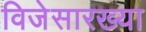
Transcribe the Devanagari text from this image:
विजेसारख्या